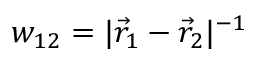
w _ { 1 2 } = | \vec { r } _ { 1 } - \vec { r } _ { 2 } | ^ { - 1 }